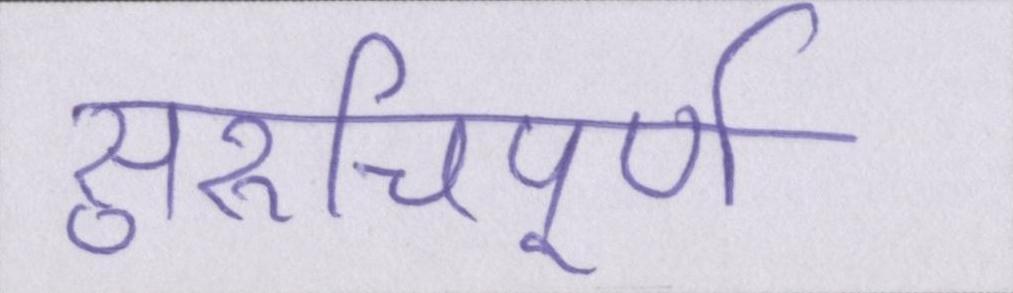
सुरुचिपूर्ण